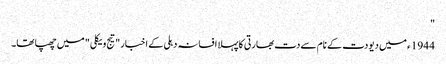
"
1944 ء میں دیودت کے نام سے دت بھارتی کا پہلا افسانہ دہلی کے اخبار "تیج ویکلی " میں چھپا تھا۔